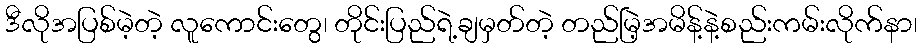
ဒီလိုအပြစ်မဲ့တဲ့ လူကောင်းတွေ၊ တိုင်းပြည်ရဲ့ချမှတ်တဲ့ တည်မြဲ့အမိန့်နဲ့စည်းကမ်းလိုက်နာ၊